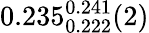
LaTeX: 0.235_{0.222}^{0.241}(2)